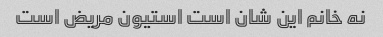
نه خانم این شان است استیون مریض است